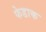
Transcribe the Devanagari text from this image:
फेडाक